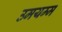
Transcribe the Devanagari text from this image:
उमयम्म